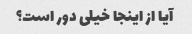
آیا از اینجا خیلی دور است؟